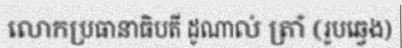
លោកប្រធានាធិបតី ដូណាល់ ត្រាំ (រូបឆ្វេង)